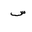
Letter: _sin